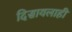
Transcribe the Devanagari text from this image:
दिसायलाही